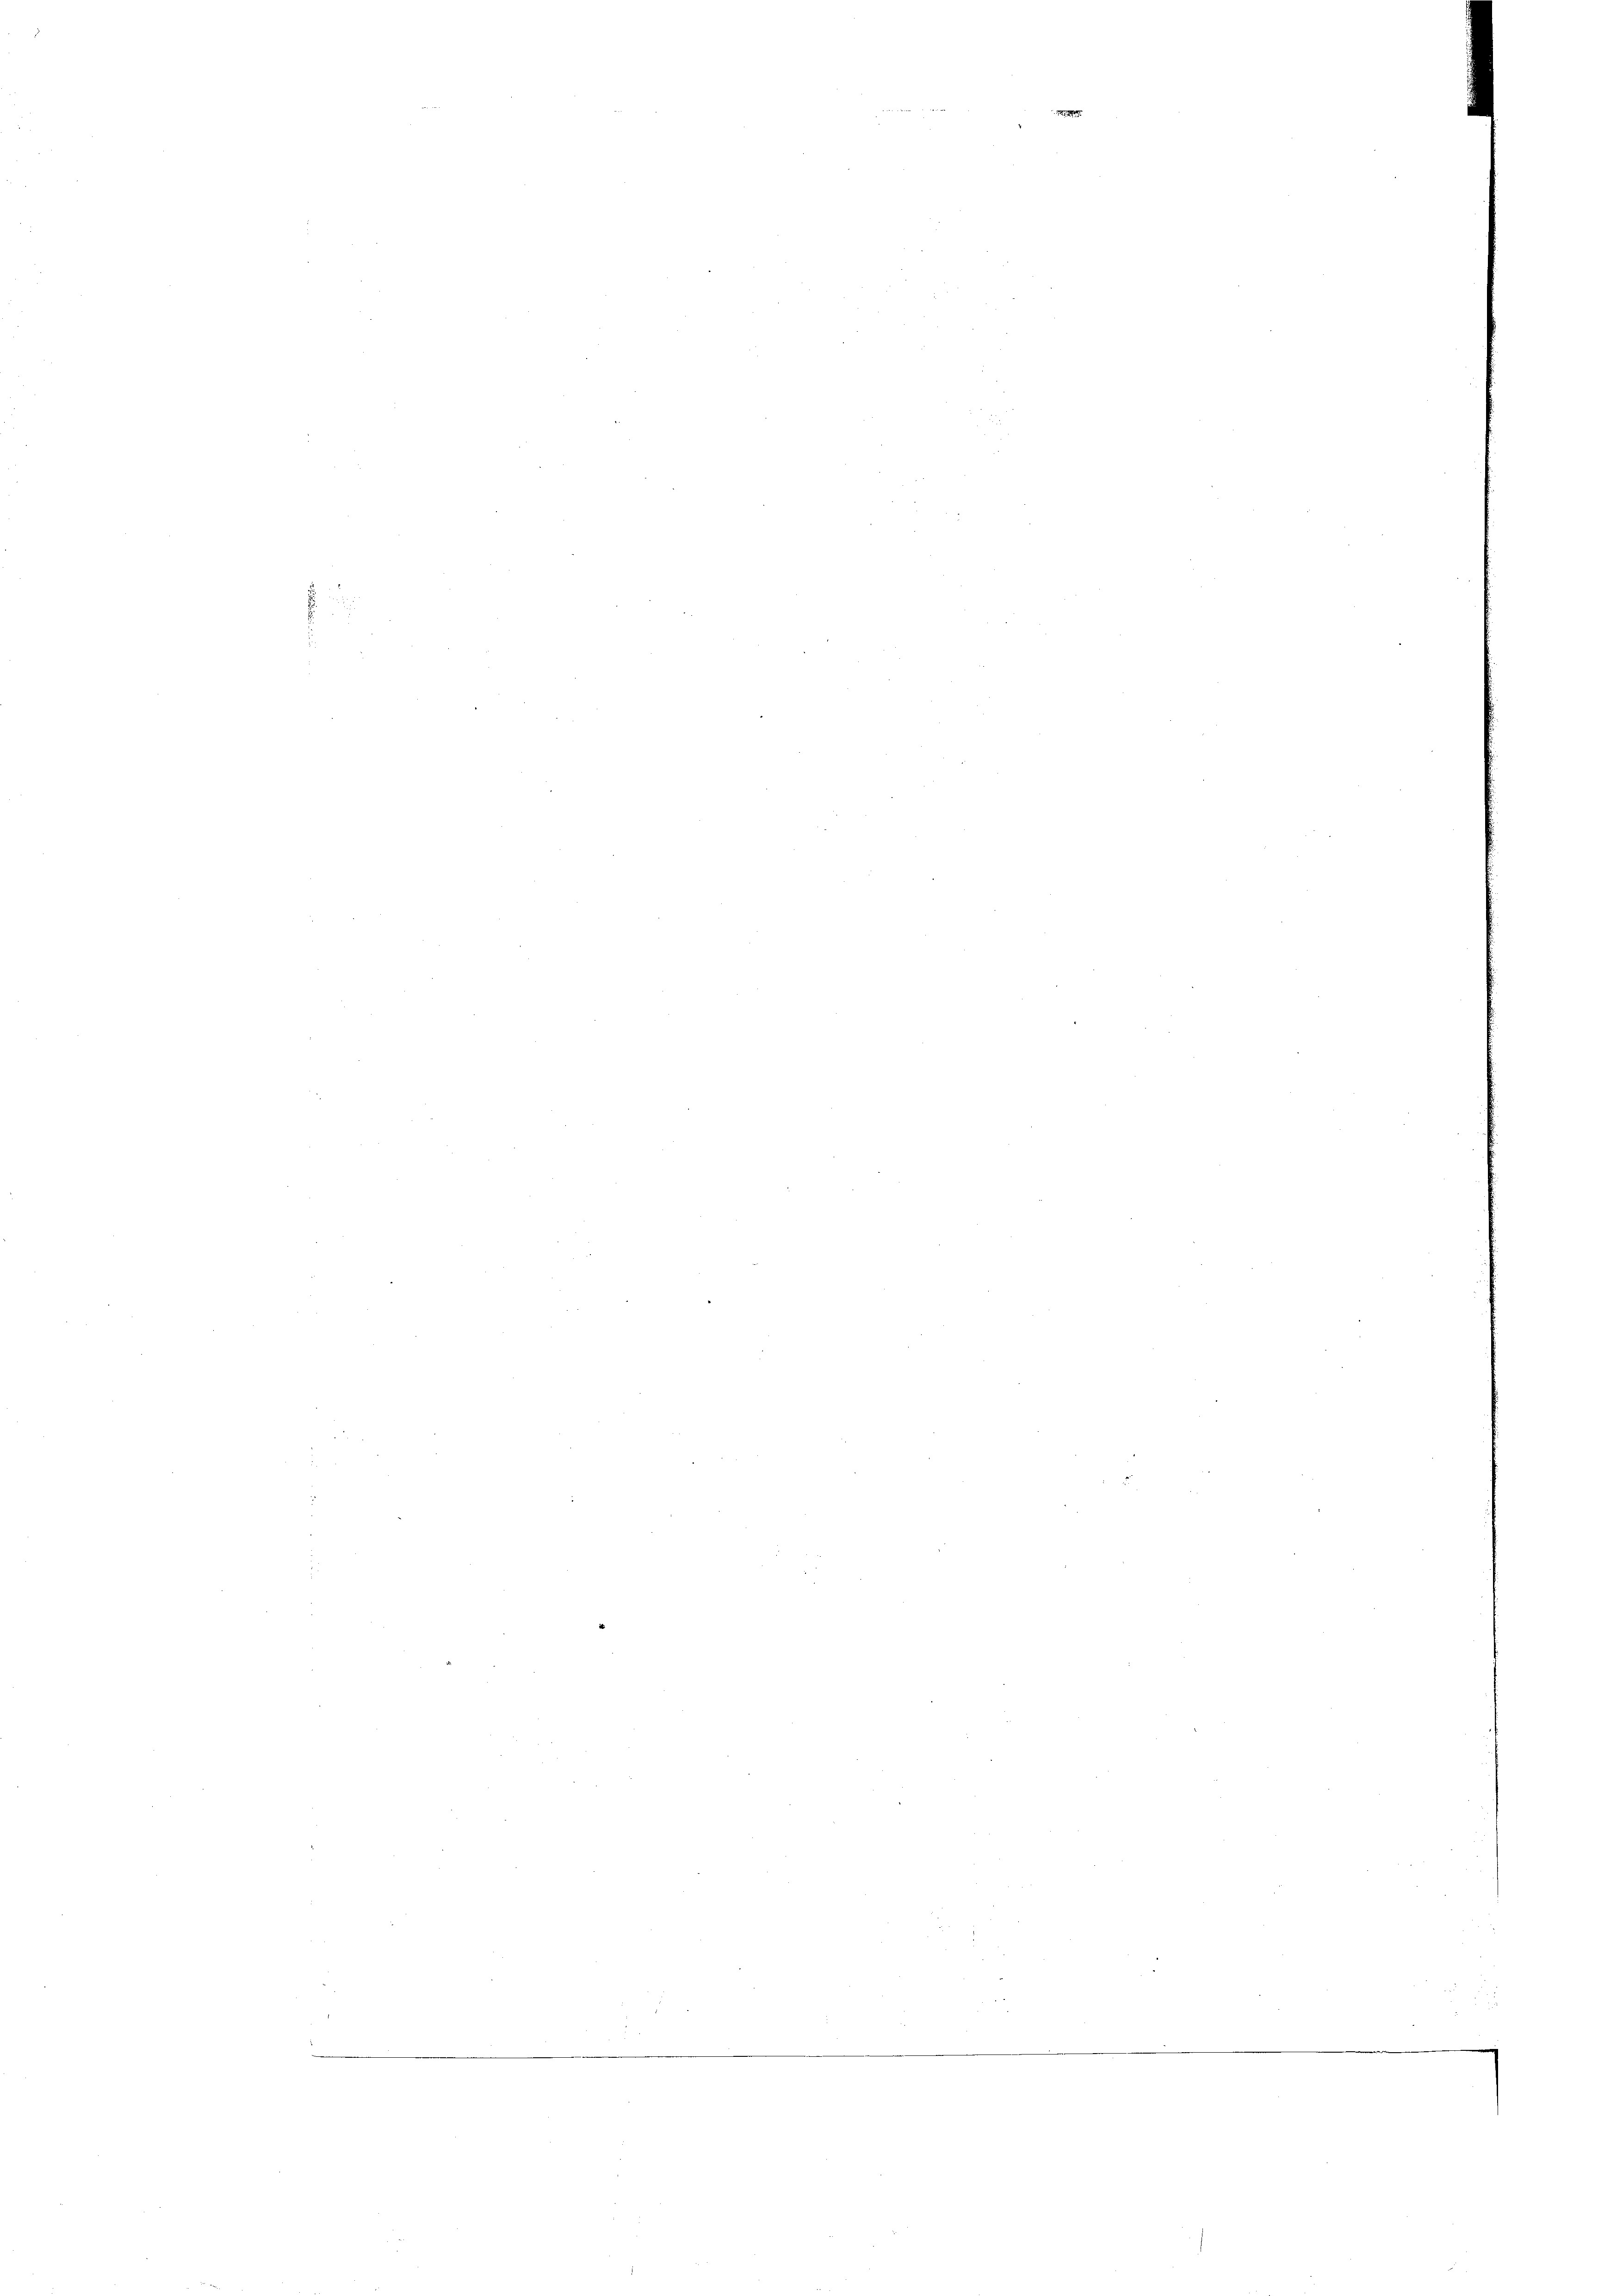
MM Nr. 2